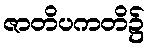
ဇာတိပကတိ၌